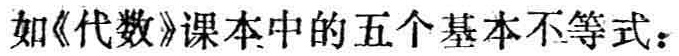
如《代数》课本中的五个基本不等式：